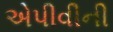
એપીવીની